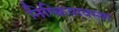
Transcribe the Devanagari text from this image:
निष्क्रियावस्था